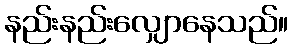
နည်းနည်းလျှောနေသည်။